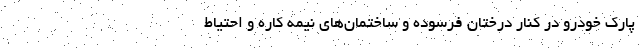
پارک خودرو در کنار درختان فرسوده و ساختمان‌های نیمه کاره و احتیاط